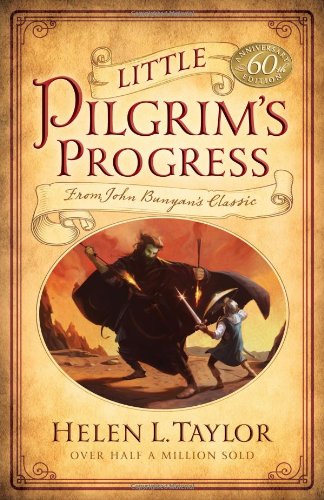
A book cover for Little Pilgrim's Progress: From John Bunyan's Classic; Helen L. Taylor; Literature & Fiction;